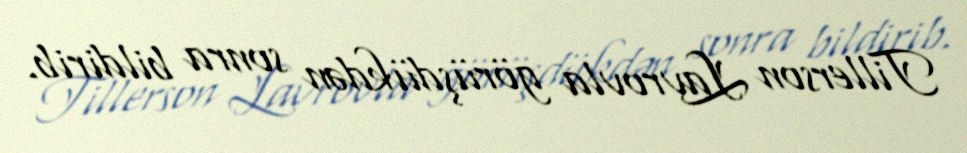
Tillerson Lavrovla görüşdükdən sonra bildirib.